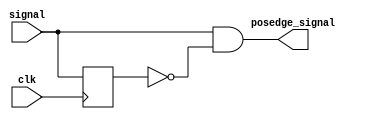
`timescale 1ns / 1ps

module posedge_detection(signal, clk, posedge_signal);
    input signal;
    input clk;
    output posedge_signal;

    reg l1,l2;
    
    always @*
        l1 <= signal;
    
    always @(posedge clk)
        l2 <= l1;
        
    assign posedge_signal = (l1 && !l2);
    
endmodule


module negedge_detection(signal, clk, negedge_signal);
    input signal;
    input clk;
    output negedge_signal;

    reg l1,l2;
    
    always @*
        l1 <= signal;
    
    always @(posedge clk)
        l2 <= l1;
        
    assign negedge_signal = (!l1 && l2);
    
endmodule